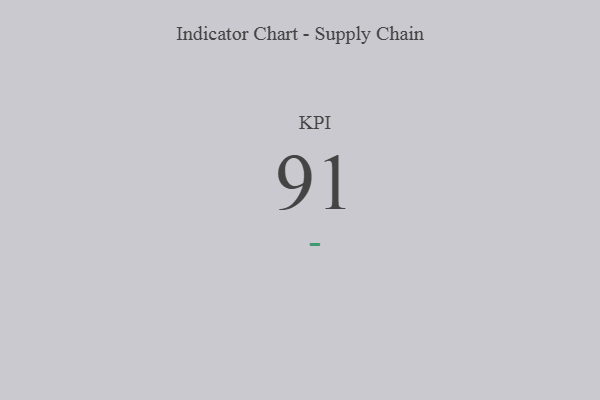
{"axis": {"x": "KPI", "y": "Value"}, "legend": [""], "data": [{"x": "KPI", "y": 91, "type": ""}]}